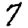
Digit: 7